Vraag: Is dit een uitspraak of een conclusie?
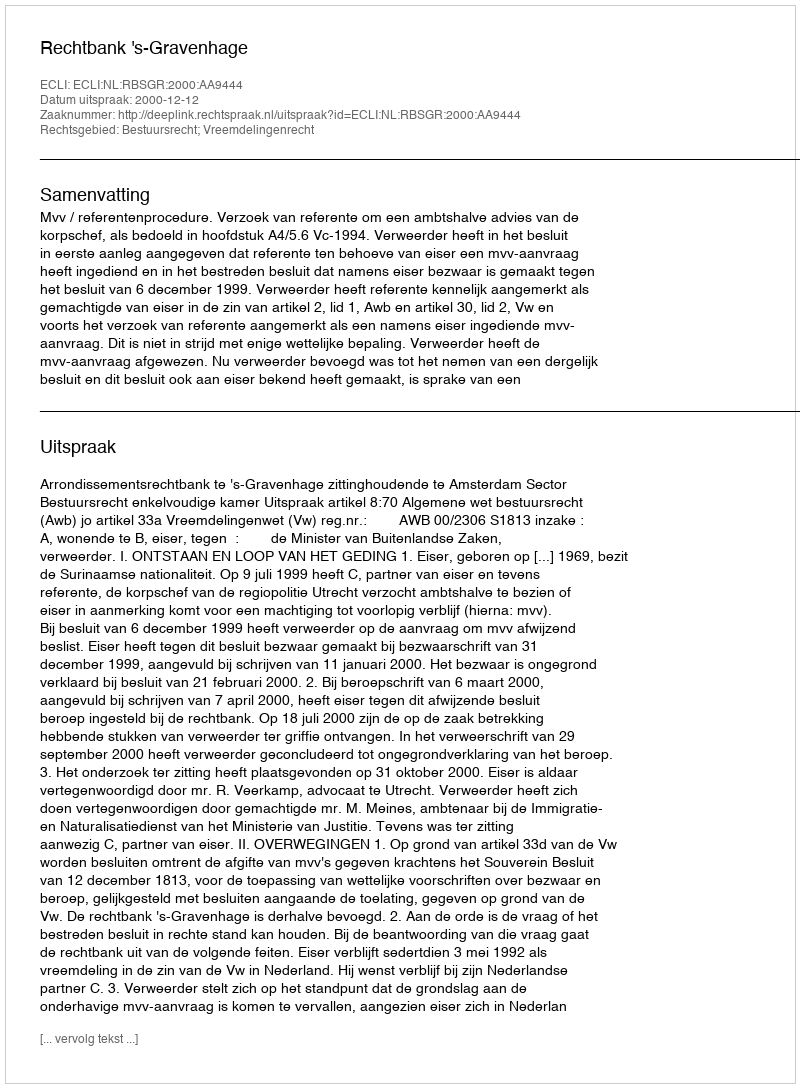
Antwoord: Uitspraak